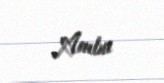
Ambu